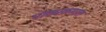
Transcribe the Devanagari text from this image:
पाठ्यक्रमात